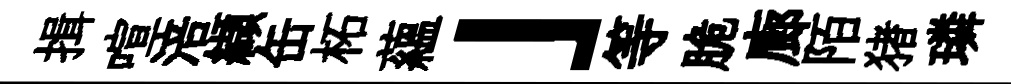
揖喧涪纈缶柘蘊」等脆廊陌猪璘